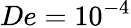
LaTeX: De=10^{-4}